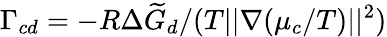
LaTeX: \Gamma_{cd}=-{R\Delta\widetilde{G}_{d}}/(T||\nabla({\mu_{c}}/{T})||^{2})